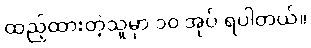
ထည့်ထားတဲ့သူမှာ ၁၀ အုပ် ရပါတယ်။